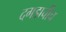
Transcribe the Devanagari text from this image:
दगडाचीच